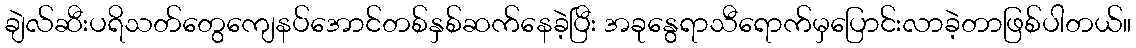
ချဲလ်ဆီးပရိသတ်တွေကျေနပ်အောင်တစ်နှစ်ဆက်နေခဲ့ပြီး အခုနွေရာသီရောက်မှပြောင်းလာခဲ့တာဖြစ်ပါတယ်။